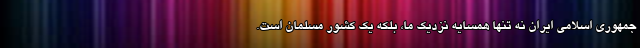
جمهوری اسلامی ایران نه تنها همسایه نزدیک ما، بلکه یک کشور مسلمان است.